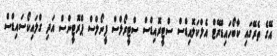
އޭގެ ތެރޭގައި ކާބޯހައިޑްރޭޓް އެލްކަލޮއިޑްސް ސްޓީރޮއިޑްސް ސްޓީރޯލްސް ފީނޯލްސް ޕްރޮޓީންސް އަދި ގްލައިކޯސައިޑްސް